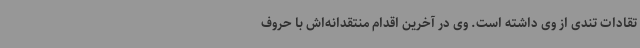
تقادات تندی از وی داشته است. وی در آخرین اقدام منتقدانه‌اش با حروف